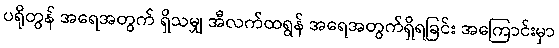
ပရိုတွန် အရေအတွက် ရှိသမျှ အီလက်ထရွန် အရေအတွက်ရှိရခြင်း အကြောင်းမှာ